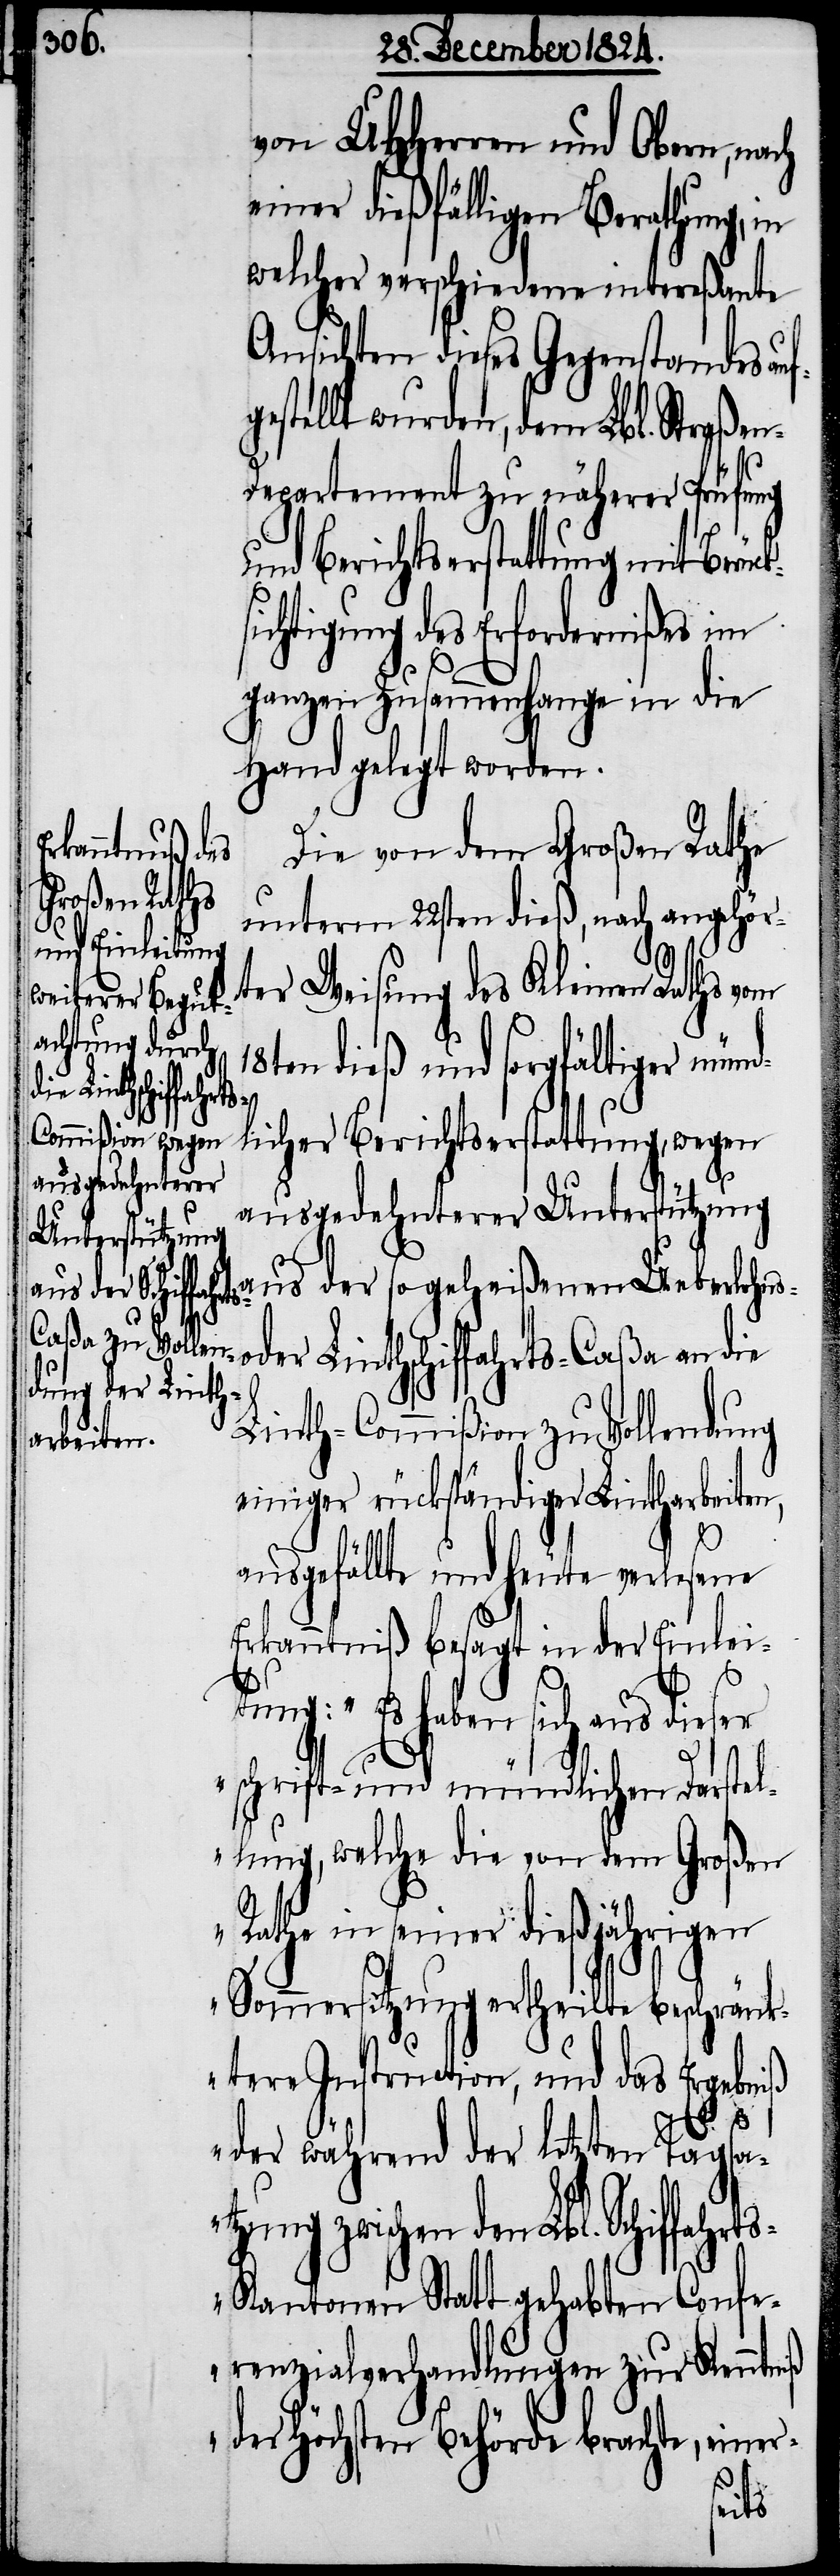
von UHHerren und Obern, nach
einer dießfälligen Berathung, in
welcher verschiedene intereßante
Ansichten dieses Gegenstandes au¬
estellt wurden, dem Lbl. Straße¬
n-Departement zu näherer Prüfung
und Berichtserstattung mit
igung des Erfordernißes
ganzen Zusammenhange in die
Hand gelegt worden.
Die von dem großen Rathe
unterm 22sten dieß, nach angehör¬
ter Weisung des Kleinen Rathes
en dieß und sorgfältiger münd¬
licher Berichtserstattung, wegen
ausgedehnterer
Unterstützung
aus der sogeheißenen Ueberlohns-
Berücksicht¬
oder Linthschiffahrts-Caßa an die
Linth-Commißion zu Vollendung
einiger rückständiger Lintharbeiten,
ausgefällte und heute verlesene
Erkanntnuß besagt in der Einlei¬
iß
tung: „Es haben sich aus dieser
schrift- und mündlichen Darstel¬
lung, welche die von dem Großen
Rathe in seiner dießjährigen
Sommersitzung ertheilte beschrän¬
kten Instruction, und das Ergebniß
der während der letzten Tagsa¬
tzung zwischen den Lbl. Schiffahr¬
s-Kantonen Statt gehabten Confe¬
renzialverhandlungen zur Kenntn¬
der Höchsten Behörde brachte, einer-